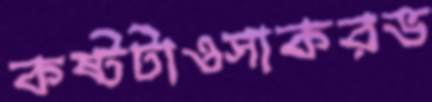
কষ্টটাওসাকরভ